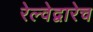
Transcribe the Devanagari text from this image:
रेल्वेद्वारेच